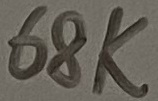
Text: 68K